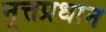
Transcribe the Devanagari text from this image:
नृत्तप्रधान